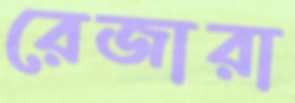
রেজারা